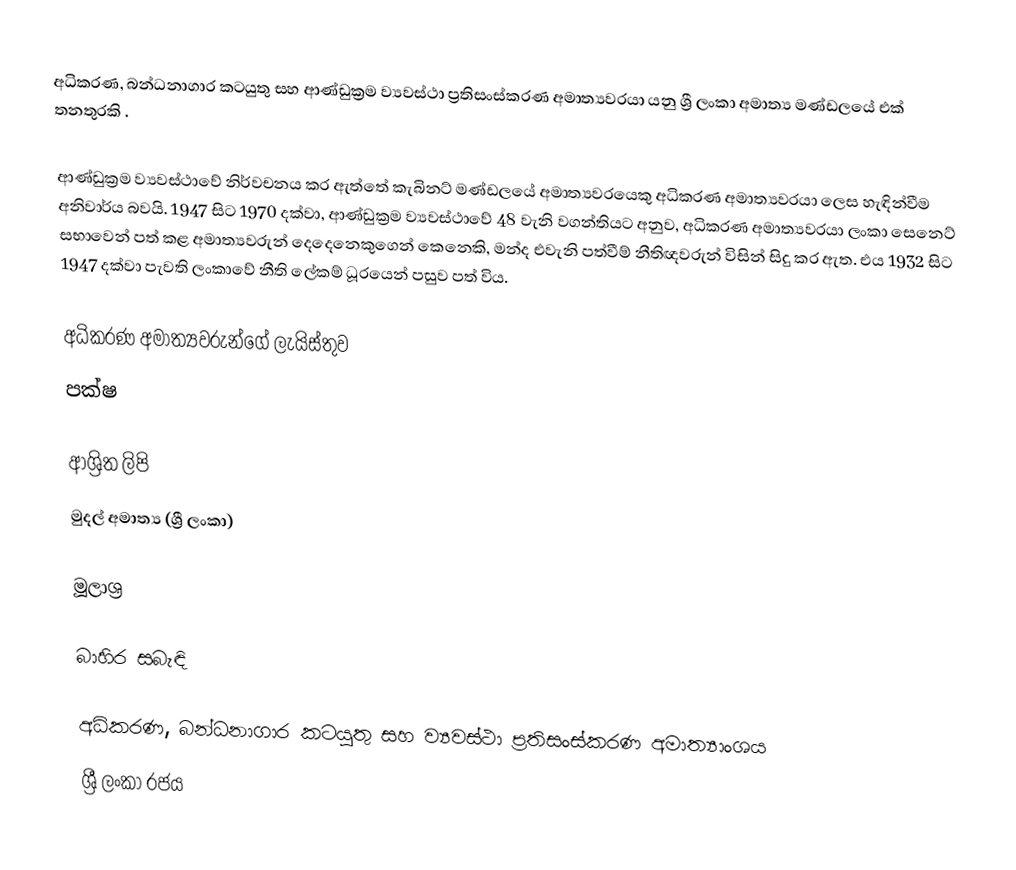
අධිකරණ, බන්ධනාගාර කටයුතු සහ ආණ්ඩුක්‍රම ව්‍යවස්ථා ප්‍රතිසංස්කරණ අමාත්‍යවරයා  යනු ශ්‍රී ලංකා අමාත්‍ය මණ්ඩලයේ එක් තනතුරකි .

ආණ්ඩුක්‍රම ව්‍යවස්ථාවේ නිර්වචනය කර ඇත්තේ කැබිනට් මණ්ඩලයේ අමාත්‍යවරයෙකු අධිකරණ අමාත්‍යවරයා ලෙස හැඳින්වීම අනිවාර්ය බවයි. 1947 සිට 1970 දක්වා, ආණ්ඩුක්‍රම ව්‍යවස්ථාවේ 48 වැනි වගන්තියට අනුව, අධිකරණ අමාත්‍යවරයා ලංකා සෙනෙට් සභාවෙන් පත් කළ අමාත්‍යවරුන් දෙදෙනෙකුගෙන් කෙනෙකි, මන්ද එවැනි පත්වීම් නීතිඥවරුන් විසින් සිදු කර ඇත.  එය 1932 සිට 1947 දක්වා පැවති ලංකාවේ නීති ලේකම් ධූරයෙන් පසුව පත් විය.

අධිකරණ අමාත්‍යවරුන්ගේ ලැයිස්තුව
පක්ෂ

ආශ්‍රිත ලිපි
 මුදල් අමාත්‍ය (ශ්‍රී ලංකා)

මූලාශ්‍ර

බාහිර සබැඳි

 අධිකරණ, බන්ධනාගාර කටයුතු සහ ව්‍යවස්ථා ප්‍රතිසංස්කරණ අමාත්‍යාංශය
 ශ්‍රී ලංකා රජය